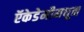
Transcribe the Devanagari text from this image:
ऍकेडेमीमधून